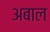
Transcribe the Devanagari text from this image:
अबाल